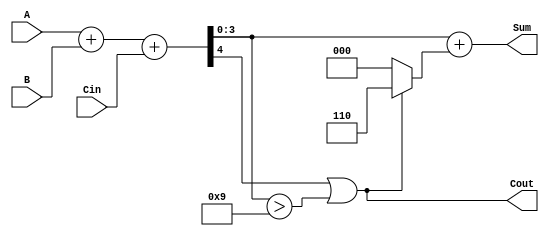
module BCD_Parallel_Adder (
    input  [3:0] A,      // First BCD digit
    input  [3:0] B,      // Second BCD digit
    input        Cin,     // Carry input
    output [3:0] Sum,     // BCD result
    output       Cout      // Carry output
);
    
    wire [4:0] binary_sum; // 5-bit binary sum to accommodate carry
    wire correction_needed; // Flag to indicate if correction is needed
    wire [3:0] corrected_sum; // Sum after correction
    
    // Step 1: Perform binary addition
    assign binary_sum = A + B + Cin; // 4-bit + 4-bit + 1-bit = 5-bit result
    
    // Step 2: Check if correction is needed
    assign correction_needed = (binary_sum[4] || (binary_sum[3:0] > 4'b1001));
    
    // Step 3: Correct the sum if needed
    assign corrected_sum = binary_sum[3:0] + (correction_needed ? 4'b0110 : 4'b0000); // Add 6 if correction needed
    
    // Final outputs
    assign Sum = corrected_sum; // Final BCD sum
    assign Cout = correction_needed; // Carry out if correction is applied

endmodule